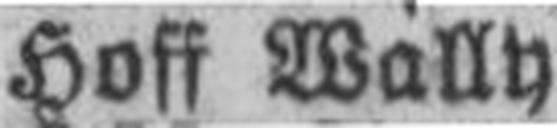
Hoff Wally